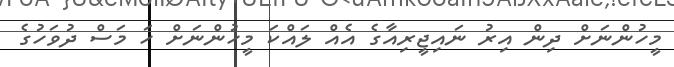
މީހުންނަށް ދިން އިރު ނައިޖީރިއާގެ އެއް ލައްކަ މީހުންނަށް ހަ މަސް ދުވަހުގެ